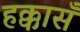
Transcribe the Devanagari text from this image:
हक्कासँ